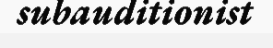
subauditionist